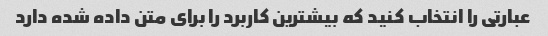
عبارتی را انتخاب کنید که بیشترین کاربرد را برای متن داده شده دارد